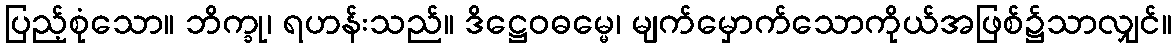
ပြည့်စုံသော။ ဘိက္ခု၊ ရဟန်းသည်။ ဒိဋ္ဌေဝဓမ္မေ၊ မျက်မှောက်သောကိုယ်အဖြစ်၌သာလျှင်။